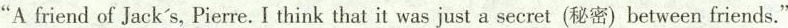
" A friend of Jack's, Pierre. I think that it was just a secret(秘密)between friends."